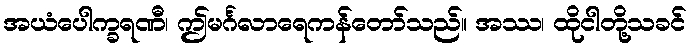
အယံပေါက္ခရဏီ၊ ဤမင်္ဂလာရေကန်တော်သည်။ အဿ၊ ထိုငါတို့သခင်